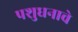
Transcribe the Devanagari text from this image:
पशुधनाचे